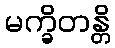
မက္ခိတန္တိ